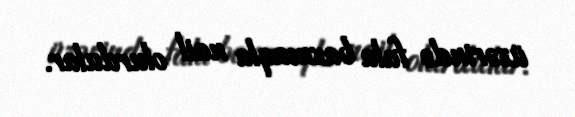
üzərində fala baxmaqla nail olurdular.